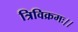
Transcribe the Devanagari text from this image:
त्रिविक्रमः।।